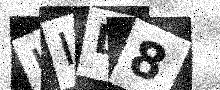
Text: JID8